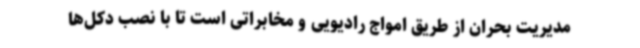
مدیریت بحران از طریق امواج رادیویی و مخابراتی است تا با نصب دکل‌ها